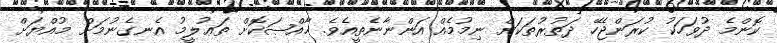
ކޮންމެ ދުވަހަކު ކުރަންޖެހޭ ދަތުރުތަކަށް ނިމުމެއް އަންނާނެތީއެވެ. ޚާއްޞަކޮށް ތަޢުލީމު އެނގެނުމަށް މުއްޔަށް